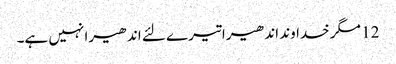
12 مگر خداوند اندھیرا تیرے لئے اندھیرا نہیں ہے۔